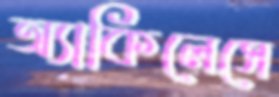
অ্যাকিলেসে